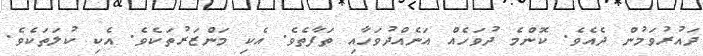
ދައުރުވަމުން ދެއެވެ. ކޮންމެ ދުވަހެއް އަނެއްދުވަހާއި ތަފާތެވެ. އެކި މަންޒަރުތަކެވެ. އެކި ކުލަތަކެވެ.